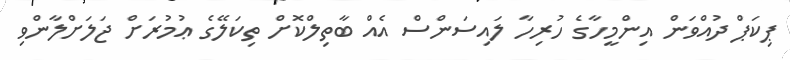
ޕިކަޕް ދުއްވަން އިންމީހާގެ ހުރިހާ ލައިސަންސް އެއް ބާތިލްކޮށް ތިކަލޭގެ ޢުމުރަށް ޖަލަށްލާންވި